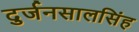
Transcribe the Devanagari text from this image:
दुर्जनसालसिंह